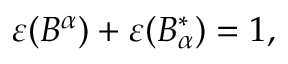
\varepsilon ( B ^ { \alpha } ) + \varepsilon ( B _ { \alpha } ^ { \ast } ) = 1 ,